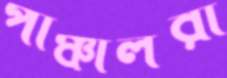
পাঞ্চালরা